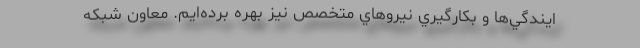
ايندگي‌ها و بكارگيري نيروهاي متخصص نيز بهره‌ برده‌ايم. معاون شبكه